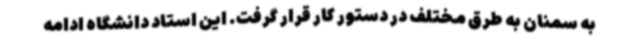
به سمنان به طرق مختلف در دستور کار قرار گرفت. این استاد دانشگاه ادامه